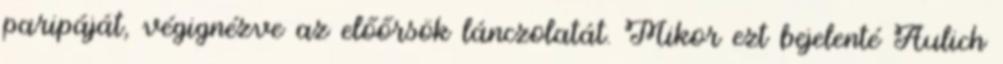
paripáját, végignézve az előőrsök lánczolatát. Mikor ezt bejelenté Aulich